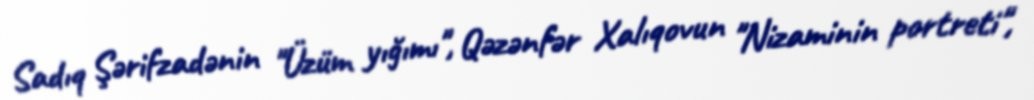
Sadıq Şərifzadənin "Üzüm yığımı", Qəzənfər Xalıqovun "Nizaminin portreti",